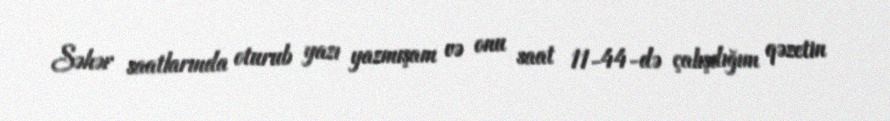
Səhər saatlarında oturub yazı yazmışam və onu saat 11-44-də çalışdığım qəzetin